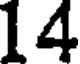
14